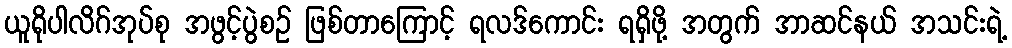
ယူရိုပါလိဂ်အုပ်စု အဖွင့်ပွဲစဉ် ဖြစ်တာကြောင့် ရလဒ်ကောင်း ရရှိဖို့ အတွက် အာဆင်နယ် အသင်းရဲ့